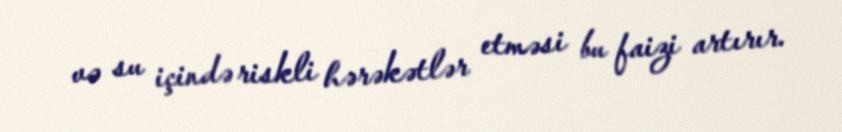
və su içində riskli hərəkətlər etməsi bu faizi artırır.